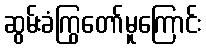
ဆွမ်းခံကြွတော်မူကြောင်း